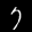
Label: 7